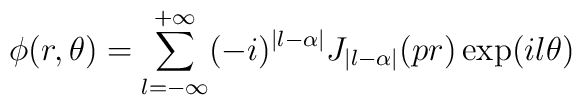
\phi (r,\theta )=\sum_{l=-\infty }^{+\infty }(-i)^{|l-\alpha |}J_{|l-\alpha|}(pr)\exp (il\theta )